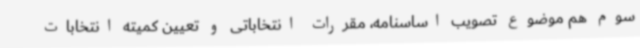
سوم هم موضوع تصویب اساسنامه، مقررات انتخاباتی و تعیین کمیته انتخابات